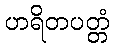
ဟရိတပတ္တံ